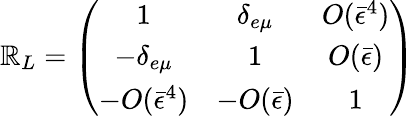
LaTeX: \mathbb{R}_{L}=\left(\begin{array}{ccc}{{1}}&{{\delta_{e\mu}}}&{{O(\bar{\epsilon}^{4})}}\\ {{-\delta_{e\mu}}}&{{1}}&{{O(\bar{\epsilon})}}\\ {{-O(\bar{\epsilon}^{4})}}&{{-O(\bar{\epsilon})}}&{{1}}\end{array}\right)